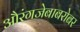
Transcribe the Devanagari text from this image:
औरंगजेबाबरोबर